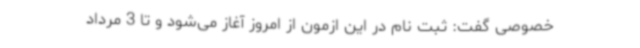
خصوصی گفت: ثبت نام در این ازمون از امروز آغاز می‌شود و تا 3 مرداد